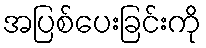
အပြစ်ပေးခြင်းကို